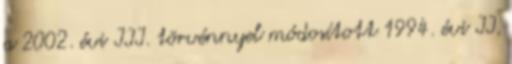
a 2002. évi III. törvénnyel módosított 1994. évi II.